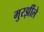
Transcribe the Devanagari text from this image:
मुरझींले